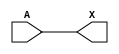
`timescale 1ps/1ps
module cell_buf
(
    input wire A,
    output wire X
);
    assign X = A;
endmodule